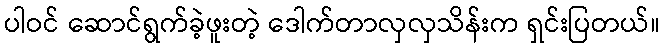
ပါဝင် ဆောင်ရွက်ခဲ့ဖူးတဲ့ ဒေါက်တာလှလှသိန်းက ရှင်းပြတယ်။